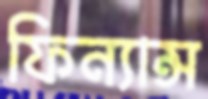
ফিন্যান্স